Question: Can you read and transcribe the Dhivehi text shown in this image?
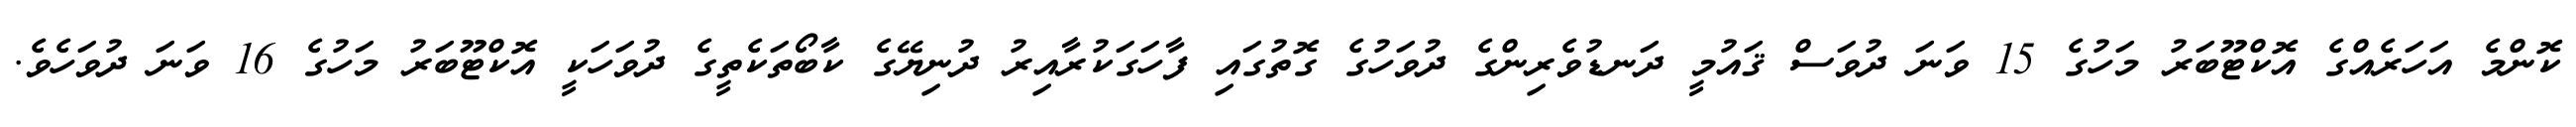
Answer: ކޮންމެ އަހަރެއްގެ އޮކްޓޫބަރު މަހުގެ 15 ވަނަ ދުވަސް ޤައުމީ ދަނޑުވެރިންގެ ދުވަހުގެ ގޮތުގައި ފާހަގަކުރާއިރު ދުނިޔޭގެ ކާބޯތަކެތީގެ ދުވަހަކީ އޮކްޓޫބަރު މަހުގެ 16 ވަނަ ދުވަހެވެ.